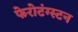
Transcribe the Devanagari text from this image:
फेरोटंग्स्टन